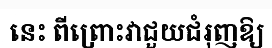
នេះ ពីព្រោះវាជួយជំរុញឱ្យ